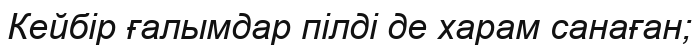
Кейбір ғалымдар пілді де харам санаған;